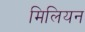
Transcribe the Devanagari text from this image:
मिलियन